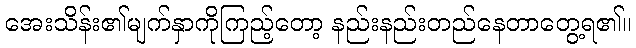
အေးသိန်း၏မျက်နှာကိုကြည့်တော့ နည်းနည်းတည်နေတာတွေ့ရ၏။